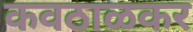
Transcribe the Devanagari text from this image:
कवठाळकर